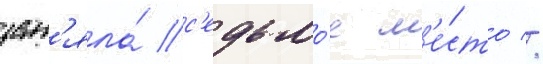
зан'яла́ с'едьмо́е м'е́сто //